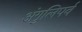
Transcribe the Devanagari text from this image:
अंगुलिपर्व